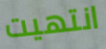
انتهيت